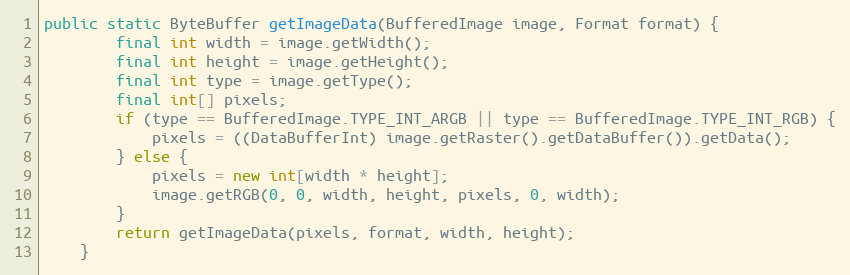
Language: Java
public static ByteBuffer getImageData(BufferedImage image, Format format) {
        final int width = image.getWidth();
        final int height = image.getHeight();
        final int type = image.getType();
        final int[] pixels;
        if (type == BufferedImage.TYPE_INT_ARGB || type == BufferedImage.TYPE_INT_RGB) {
            pixels = ((DataBufferInt) image.getRaster().getDataBuffer()).getData();
        } else {
            pixels = new int[width * height];
            image.getRGB(0, 0, width, height, pixels, 0, width);
        }
        return getImageData(pixels, format, width, height);
    }